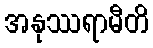
အနုဿရာမီတိ